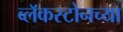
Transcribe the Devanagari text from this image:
ब्लॅकस्टोनच्या